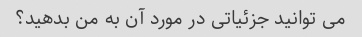
می توانید جزئیاتی در مورد آن به من بدهید؟